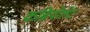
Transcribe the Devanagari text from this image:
कब्रियोलेट